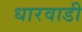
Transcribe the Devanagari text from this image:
धारवाडी